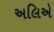
અલિએ